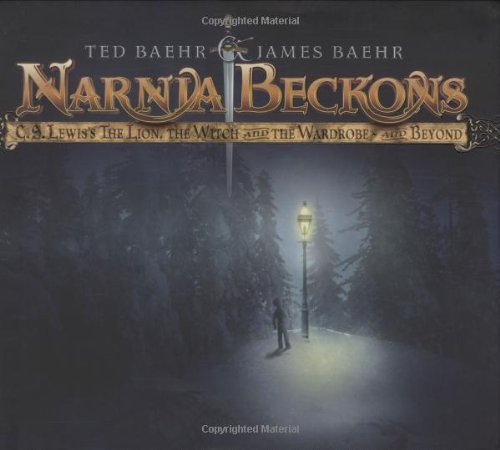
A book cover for Narnia Beckons: C. S. Lewis's The Lion, the Witch, and the Wardrobe - and Beyond; Theodore Baehr; Science Fiction & Fantasy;